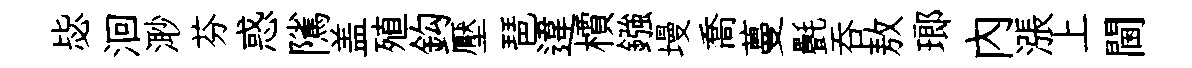
毖洄𣺌芬惑隲盖殖鈎壓琶違檟鏹墁喬蔓㲲吞敖瑯內漲上閫